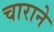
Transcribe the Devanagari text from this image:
चाराने